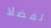
تفضلا